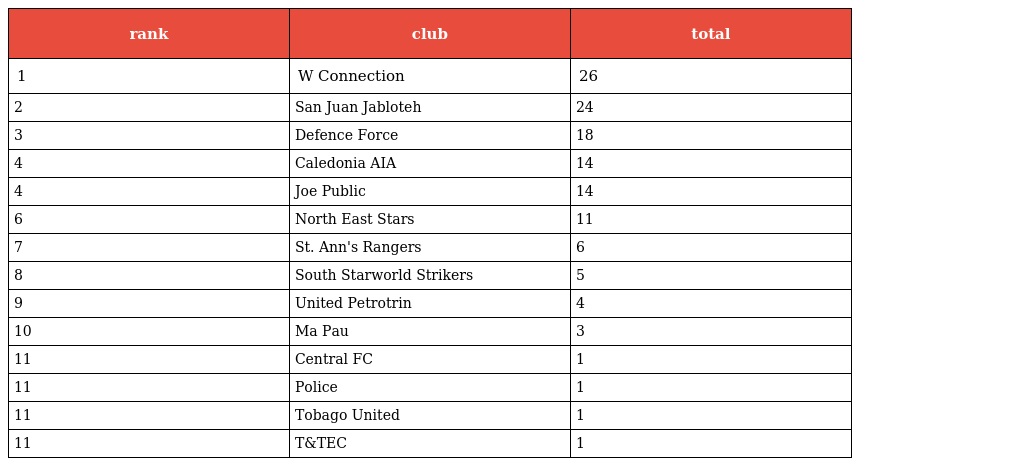
| rank | club | total |
 | --- | --- | --- |
 | 1 | W Connection | 26 |
 | 2 | San Juan Jabloteh | 24 |
 | 3 | Defence Force | 18 |
 | 4 | Caledonia AIA | 14 |
 | 4 | Joe Public | 14 |
 | 6 | North East Stars | 11 |
 | 7 | St. Ann's Rangers | 6 |
 | 8 | South Starworld Strikers | 5 |
 | 9 | United Petrotrin | 4 |
 | 10 | Ma Pau | 3 |
 | 11 | Central FC | 1 |
 | 11 | Police | 1 |
 | 11 | Tobago United | 1 |
 | 11 | T&TEC | 1 |